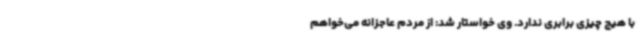
با هیچ چیزی برابری ندارد. وی خواستار شد: از مردم عاجزانه می‌خواهم